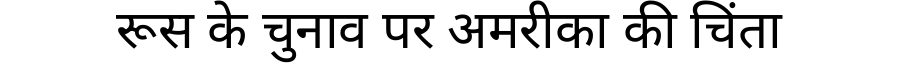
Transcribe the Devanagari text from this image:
रूस के चुनाव पर अमरीका की चिंता